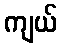
ကျယ်